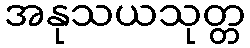
အနုသယသုတ္တ